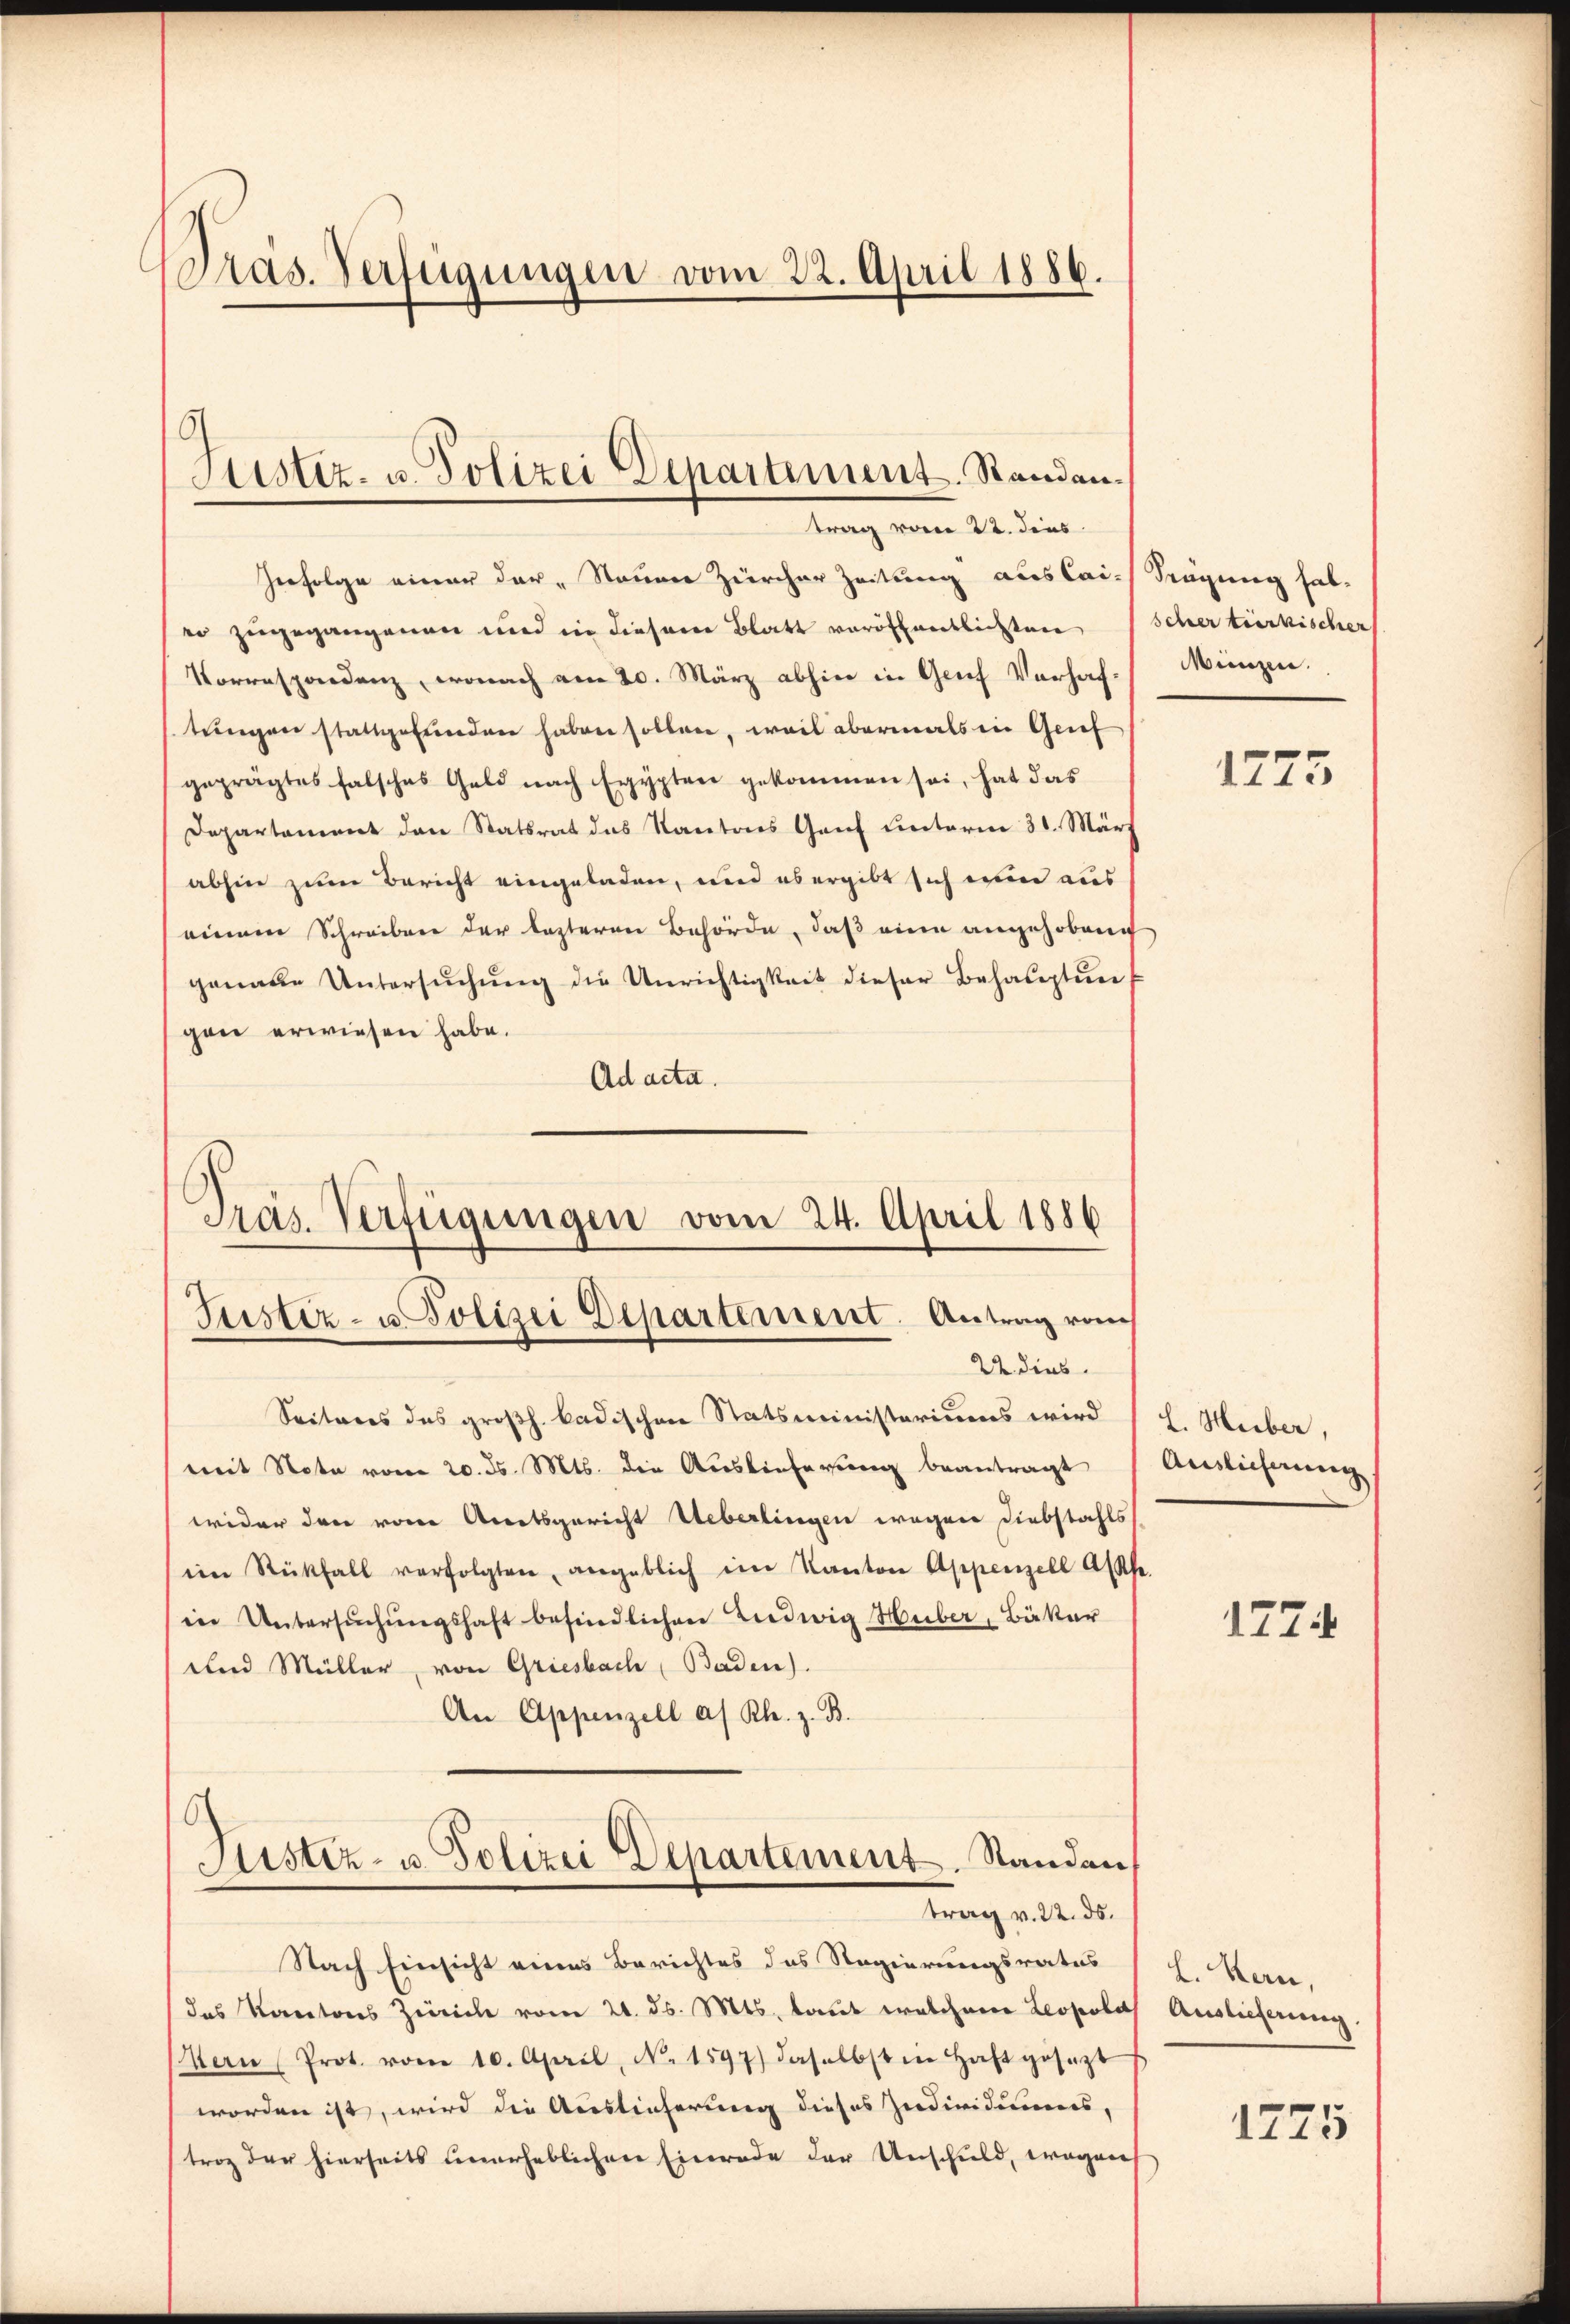
Präs. Verfügungen vom 22. April 1886.

Zufolge einer der Stauner Zürcher Zeitung auslai- Sügung habeo zugegangenen und in diesem Blatt veröffentlichten (Scher türkischer
Vorrespondenz, wonach am 20. März abhin in Genf Verhaftungen stattgefunden haben sollen, weil abermals in Grif
geprägtes falsches Geld nach Egypten gekommen sei, hat das
Departement den Statsrat das Kantons Gant unterm 31. März
abhin zum Bericht eingeladen, und es ergibt sich ein aus
einem Schreiben der lezteren Behörde, daß eine angehobene
genaue Untersŭchŭng die Unrichtigkeit dieser Behauptungen erwiesen habe.
Ad acta.

Sistiz- u. Polizei Departement. Standen.
trag vom 22. dens

Präs. Verfügungen vom 24. April 1886
Justiz- u. Polizei Departement. Antrag vom
22 dies

Minzen.

Seiteres des großh. badischen Statsministeriums wird (L. Huber,
mit Note vom 20. ds. Mts. die Aŭslieferŭng beantragt Auslieferŭng.
wider drei von Arretsgericht Ueberlingen wegen Diebstahls
ein Rückfall verfolgten angeblich im Kanton Appenzell Asthe
in Untersŭchŭngshaft befindlichen Ludwig Huber, Bäker
und Müller, von Griesbach Baden).
An Appenzell a. Rh. z. B.
Justiz- u. Polizei Departement. Standen,
trag v. 22. ds.
Nach Einsicht eines Berichtes das Regierungsratus (H. kan,
das Kantons Zürich vom 21. ds. Mts. laut welchem Leopolas Auslieferung.
Hern Prot. vom 10. April, N. 1597) daselbst in Haftgesezt
worden ist, wird die Auslieferung dieses Individuums,
trag der hierseits unerheblichen Einrade der Anschuld, wegen

1275

1774

1225